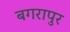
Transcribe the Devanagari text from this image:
बगरापुर